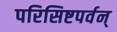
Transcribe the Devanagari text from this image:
परिसिष्टपर्वन्‌